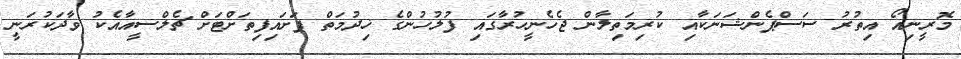
މޮރީނިއޯ އިތުރު ސަސްޕެންޝަނަކާއި ކުރިމަތިލާން ޖެހެނީހުރާގައި ފުލުހުންގެ ޚިދުމަތް ފަށައިފިތަށްޓަށް ޗެލްސީއާއެކު ވާދަކުރަނީ